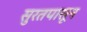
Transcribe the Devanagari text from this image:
सुरतपासून